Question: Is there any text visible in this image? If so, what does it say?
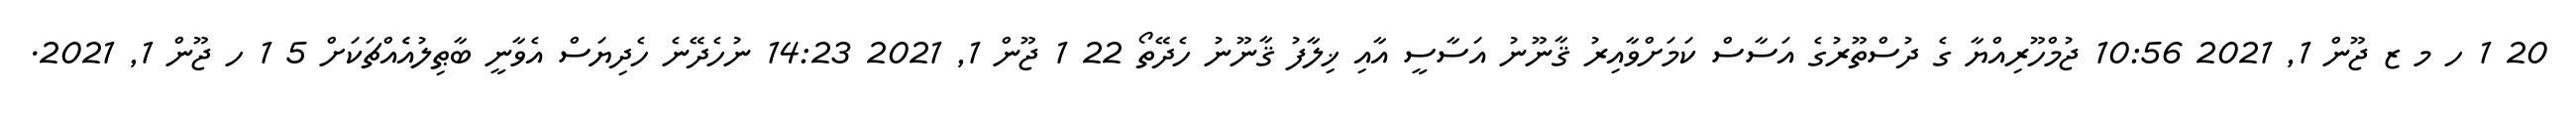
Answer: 20 1 ހ މ ޒ ޖޫން 1, 2021 10:56 ޖުމްހޫރިއްޔާ ގެ ދުސްތޫރުގެ އަސާސް ކަމަށްވާއިރު ޤާނޫނު އަސާސީ އާއި ޚިލާފު ޤާނޫނު ހެދޭތޯ 22 1 ޖޫން 1, 2021 14:23 ނުހެދޭނެ ހެދިޔަސް އެވާނީ ބާޠިލުއެެއްޗަކަށް 5 1 ހ ޖޫން 1, 2021.